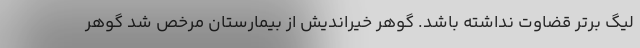
لیگ برتر قضاوت نداشته باشد. گوهر خیراندیش از بیمارستان مرخص شد گوهر